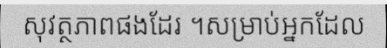
សុវត្ថភាពផងដែរ ។សម្រាប់អ្នកដែល